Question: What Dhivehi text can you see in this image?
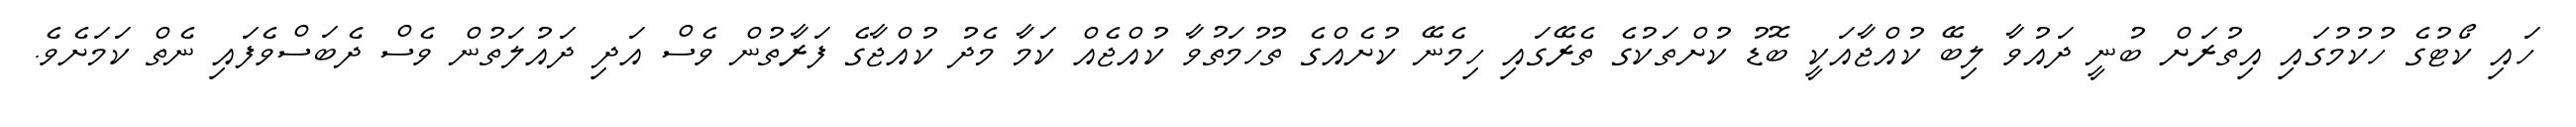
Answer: ހައި ކޯޓުގެ ހުކުމުގައި އިތުރަށް ބުނީ ދައުވާ ލިބޭ ކުއްޖާއަކީ ބޮޑު ކުށްތަކުގެ ތެރޭގައި ހިމެނޭ ކުށެއްގެ ތުހުމަތުވާ ކުއްޖެއް ކަމާ މެދު ކުއްޖާގެ ފަރާތުން ވެސް އަދި ދައުލަތުން ވެސް ދެބަސްވެފައި ނެތް ކަމަށެވެ.